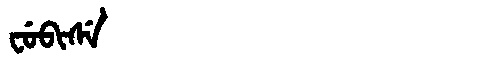
Manchu: ᠸᡠᠪᡳᠰᡝ
Romanization: FUBISE